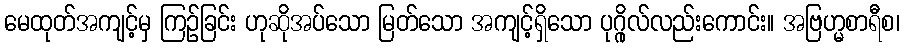
မေထုတ်အကျင့်မှ ကြဉ်ခြင်း ဟုဆိုအပ်သော မြတ်သော အကျင့်ရှိသော ပုဂ္ဂိုလ်လည်းကောင်း။ အဗြဟ္မစာရီစ၊